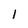
Character: l